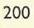
200